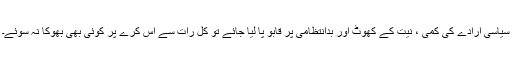
سیاسی ارادے کی کمی ، نیت کے کھوٹ اور بدانتظامی پر قابو پا لیا جائے تو کل رات سے اس کرے پر کوئی بھی بھوکا نہ سوئے۔